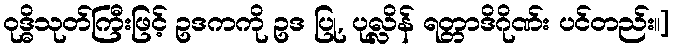
ဝုဒ္ဓိသုတ်ကြီးဖြင့် ဥဒကကို ဥဒ ပြု, ပုလ္လိန် ရတ္တာဒိဂိုဏ်း ပင်တည်း။]